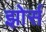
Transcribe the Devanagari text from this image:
झोर्स